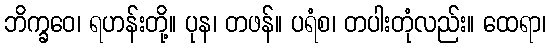
ဘိက္ခဝေ၊ ရဟန်းတို့။ ပုန၊ တဖန်။ ပရံစ၊ တပါးတုံလည်း။ ထေရာ၊